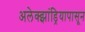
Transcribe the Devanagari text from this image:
अलेक्झांड्रियापासून